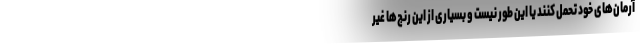
آرمان‌های خود تحمل کنند یا این طور نیست و بسیاری از این رنج‌ها غیر